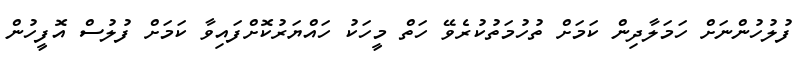
ފުލުހުންނަށް ހަމަލާދިން ކަމަށް ތުހުމަތުކުރެވޭ ހަތް މީހަކު ހައްޔަރުކޮށްފައިވާ ކަަމަށް ފުލުސް އޮފީހުން